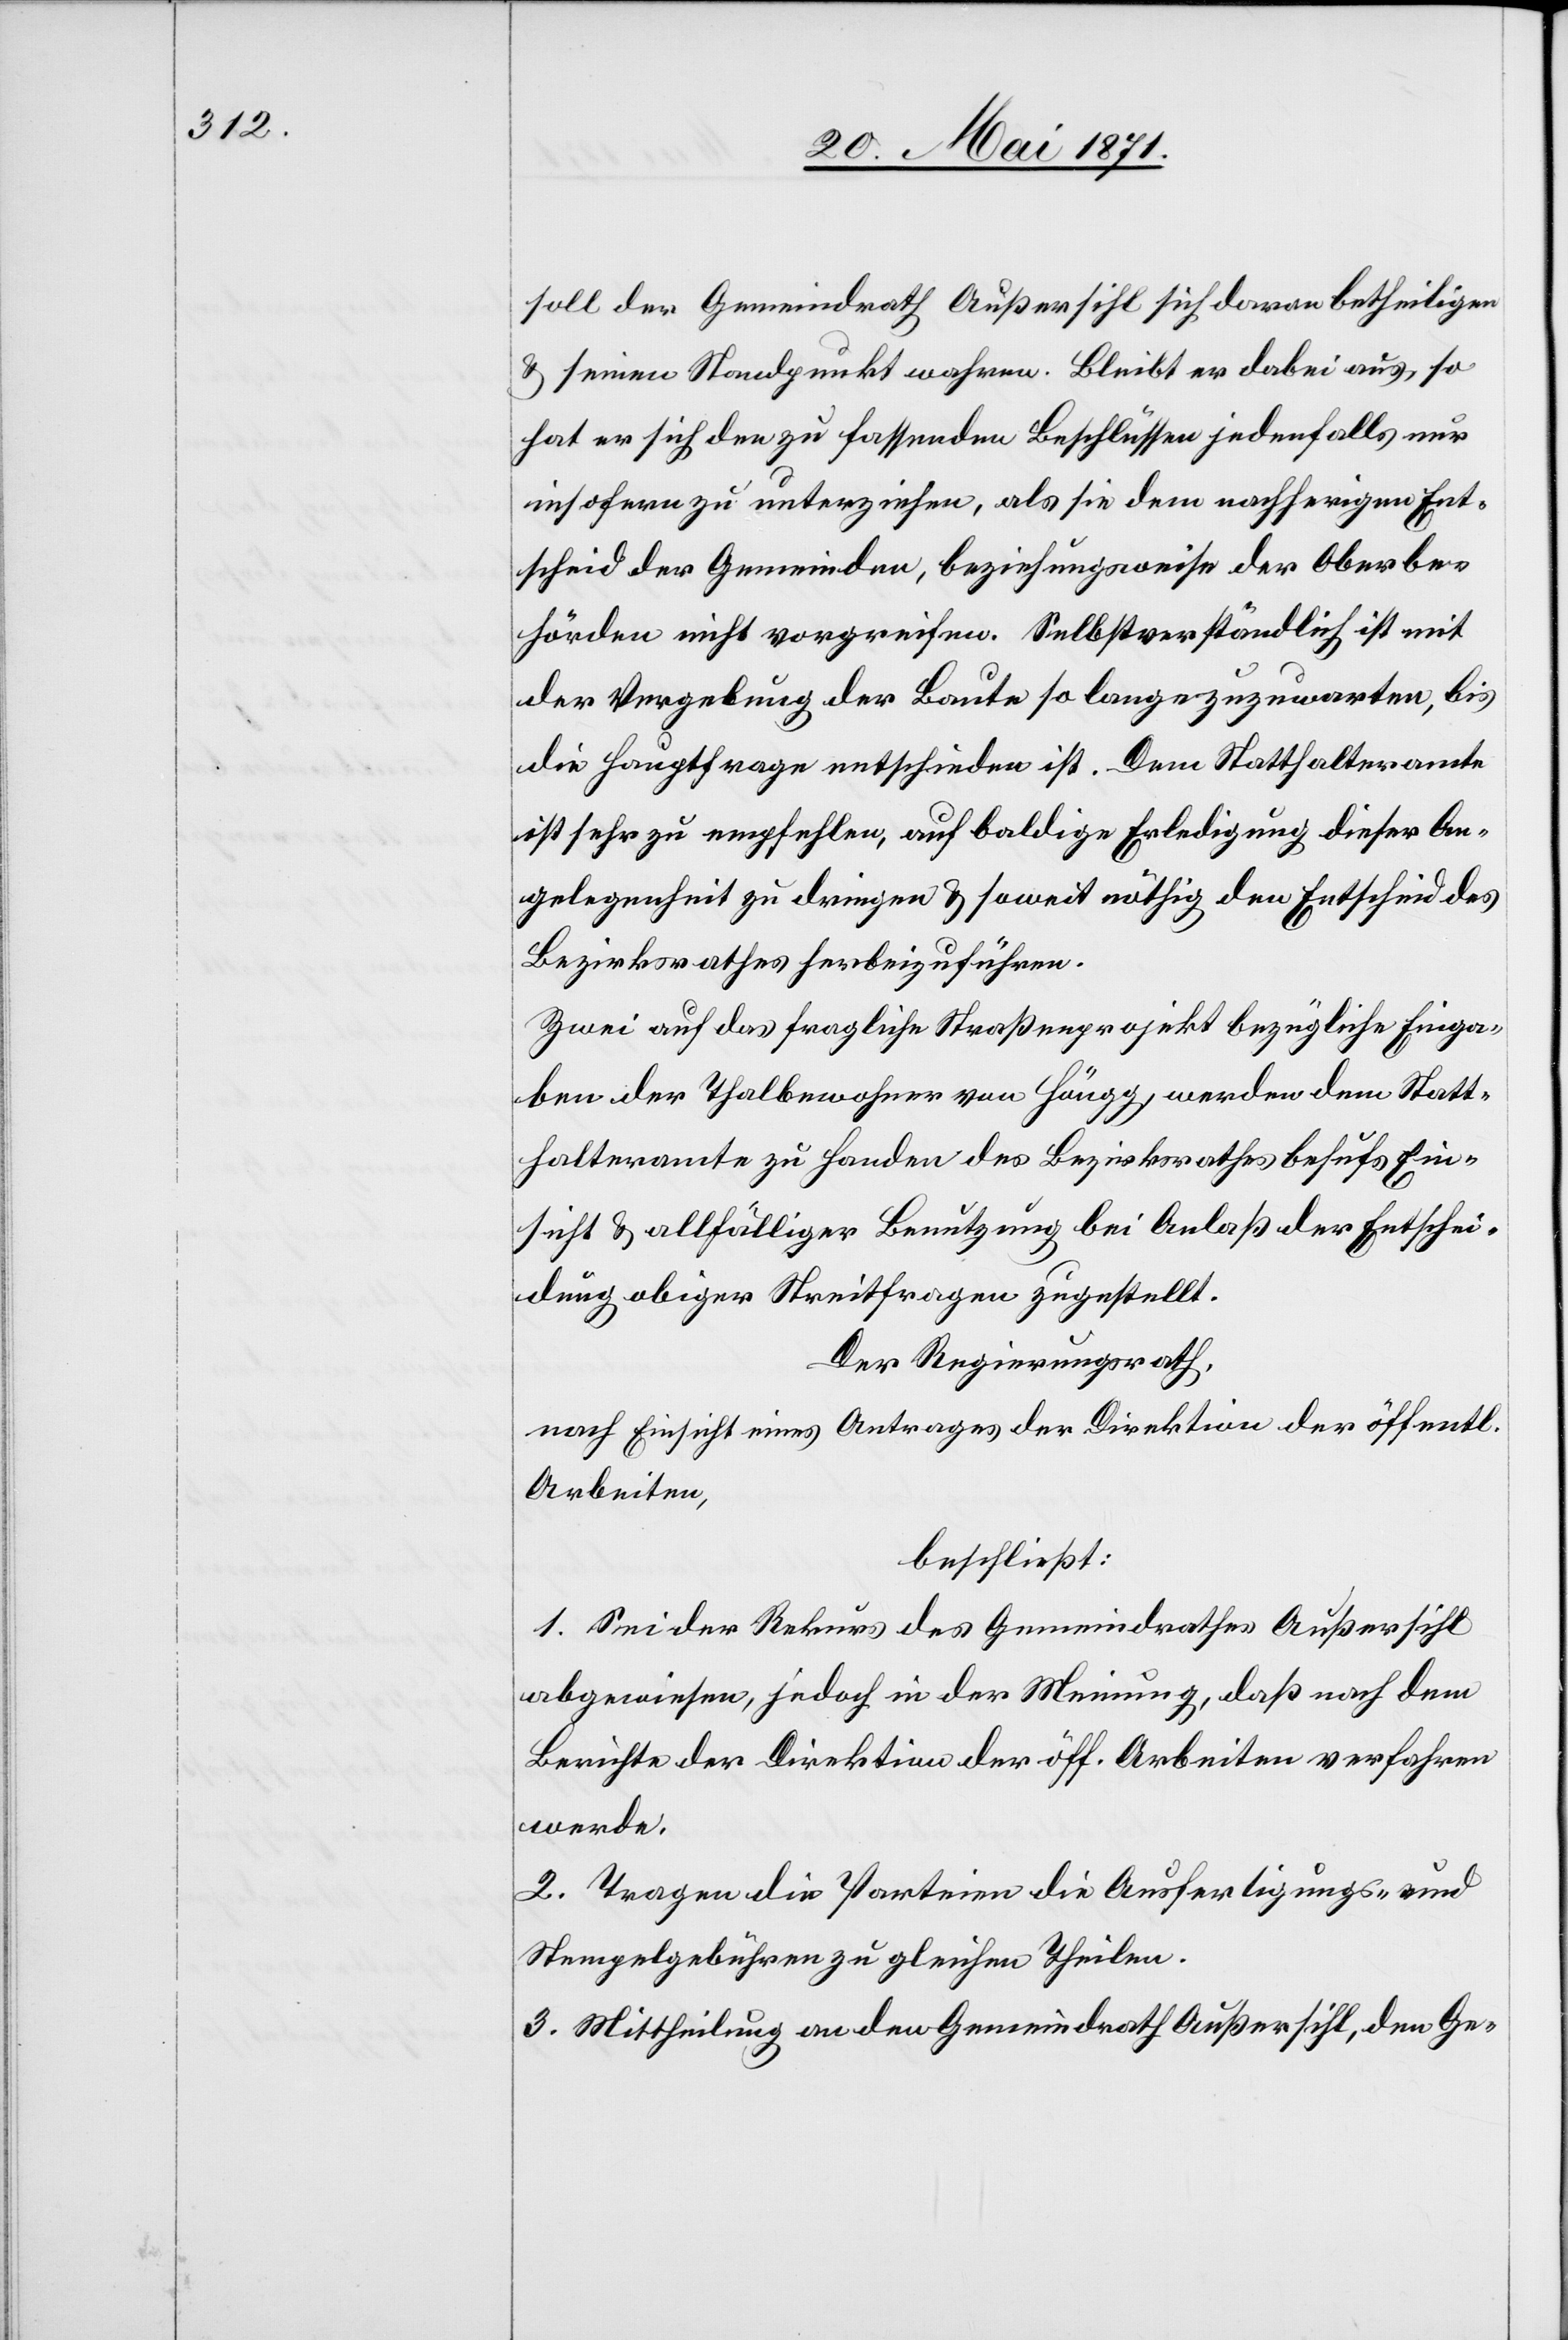
soll der Gemeindrath Außersihl sich daran betheiligen
u. seinen Standpunkt wahren. Bleibt er dabei aus, so
hat er sich den zu fassenden Beschlüssen jedenfalls nur
insofern zu unterziehen, als sie dem nachherigen Ent¬
scheid der Gemeinden, beziehungsweise der Oberbe¬
hörden nicht vorgreifen. Selbstverständlich ist mit
der Vergebung der Baute so lange zuzuwarten, bis
die Hauptfrage entschieden ist. Dem Statthalteramt
ist sehr zu empfehlen, auf baldige Erledigung dieser An¬
gelegenheit zu dringen u. soweit nöthig den Entscheid des
Bezirksrathes herbeizuführen.
Zwei auf das fragliche Straßenprojekt bezügliche Einga¬
ben der Thalbewohner von Höngg, werden dem Statt¬
halteramte zu Handen des Bezirksrathes behufs Ein¬
sicht u. allfälliger Benutzung bei Anlaß der Entschei¬
dung obiger Streitfragen zugestellt.
Der Regierungsrath,
nach Einsicht eines Antrages der Direktion der öffentl.
Arbeiten,
beschließt:
1. Sei der Rekurs des Gemeindrathes Außersihl
abgewiesen, jedoch in der Meinung, daß nach dem
Berichte der Direktion der öff. Arbeiten verfahren
werde.
2. Tragen die Parteien die Ausfertigung- und
Stempelgebühren zu gleichen Theilen.
3. Mittheilung an den Gemeindrath Außersihl, den Ge-